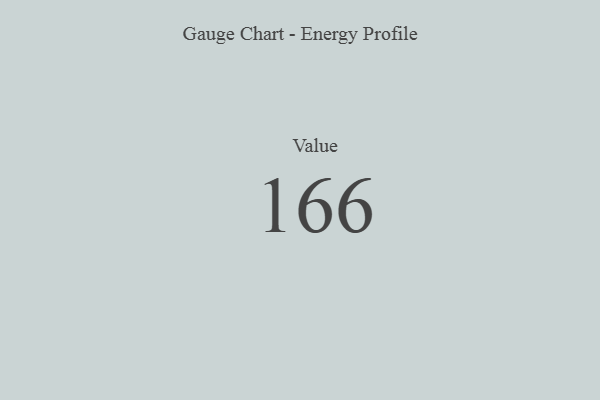
{"axis": {"x": "Metric", "y": "Value"}, "legend": [""], "data": [{"x": "Value", "y": 166, "type": ""}]}